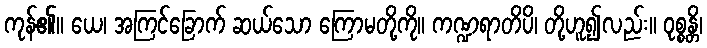
ကုန်၏။ ယေ၊ အကြင်ခြောက် ဆယ်သော ကြောမတို့ကို။ ကဏ္ဍရာတိပိ၊ တို့ဟူ၍လည်း။ ဝုစ္စန္တိ၊